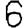
Digit: 6